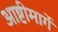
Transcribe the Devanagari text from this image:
आष्टीमार्गे